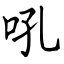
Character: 吼